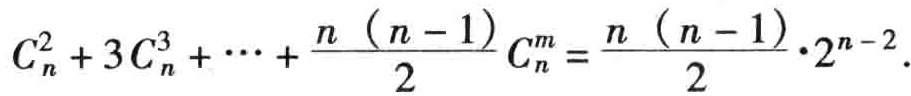
\(C_{n}^{2}+3C_{n}^{3}+\cdots+\frac{n(n - 1)}{2}C_{n}^{m}=\frac{n(n - 1)}{2}\cdot2^{n - 2}\)